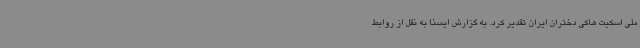
ملی اسکیت هاکی دختران ایران تقدیر کرد. به گزارش ایسنا به نقل از روابط